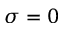
\sigma = 0